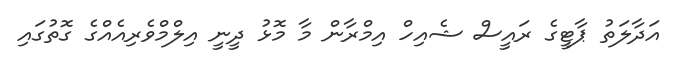
އަދާލަތު ޕާޓީގެ ރައީސް ޝެއިހް އިމްރާން މާ މޮޅު ދީނީ އިލްމްވެރިއެއްގެ ގޮތުގައި